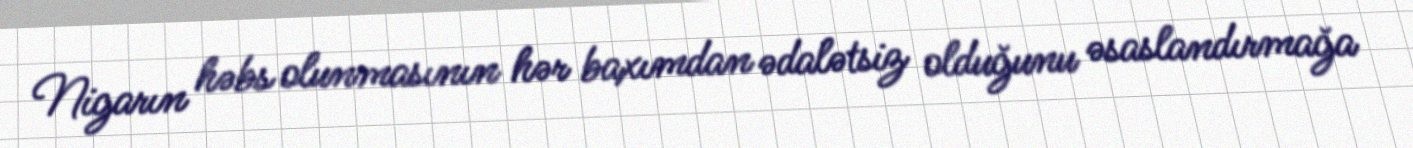
Nigarın həbs olunmasının hər baxımdan ədalətsiz olduğunu əsaslandırmağa